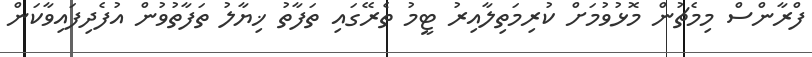
ފްރާންސް މިމެޗުން މޮޅުވުމަށް ކުރިމަތިލާއިރު ޓީމު ތެރޭގައި ތަފާތު ޚިޔާލު ތަފާތުވުން އުފެދިފައިވާކަން